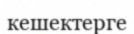
кешектерге